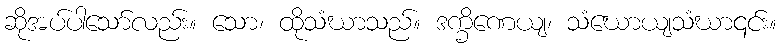
ဆိုအပ်ပါသော်လည်း။ သော၊ ထိုသံဃာသည်။ ဒက္ခိဏေယျ၊ သံဃောယျသံဃာ၎င်း။